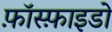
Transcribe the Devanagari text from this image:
फ़ॉस्फ़ाइडो